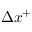
{ \Delta } { x ^ { + } }